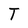
Character: T